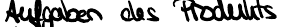
Aufgaben des Produkts